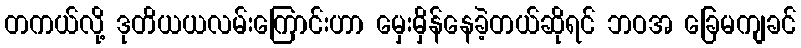
တကယ်လို့ ဒုတိယယလမ်းကြောင်းဟာ မှေးမှိန်နေခဲ့တယ်ဆိုရင် ဘဝအ ခြေမကျခင်